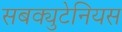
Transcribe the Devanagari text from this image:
सबक्युटेनियस